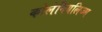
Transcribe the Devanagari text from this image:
कोलेनियलिज्म